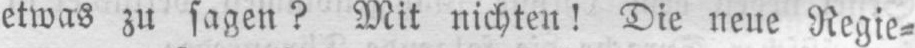
etwas zu sagen? Mit nichten! Die neue Regie⸗